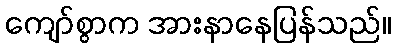
ကျော်စွာက အားနာနေပြန်သည်။